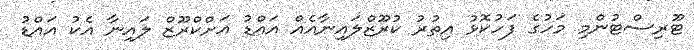
ޓޫރިސްޓުންމި މަހުގެ ފަހުކޮޅު އިތުރު ކުރޫޒްލައިނާއެއް އައްޑު އަށްކްރޫޒް ލައިނާ އެކު އައްޑު